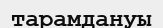
тарамдануы